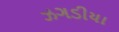
ઝગડીયા